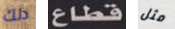
ذلك قطاع مثل